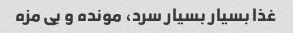
غذا بسیار بسیار سرد، مونده و بی مزه